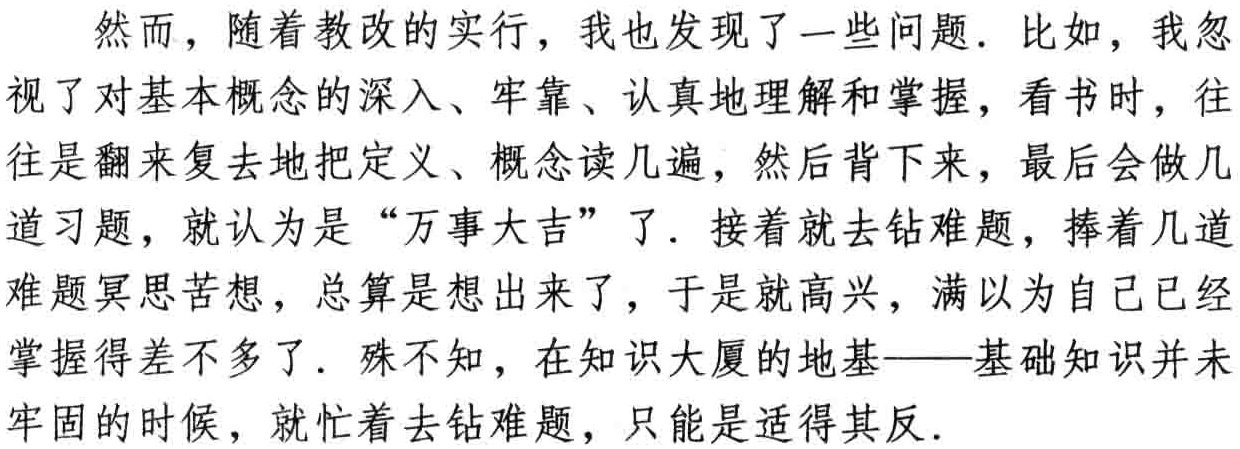
然而，随着教改的实行，我也发现了一些问题．比如，我忽视了对基本概念的深入、牢靠、认真地理解和掌握，看书时，往往是翻来复去地把定义、概念读几遍，然后背下来，最后会做几道习题，就认为是“万事大吉”了．接着就去钻难题，捧着几道难题冥思苦想，总算是想出来了，于是就高兴，满以为自己已经掌握得差不多了．殊不知，在知识大厦的地基——基础知识并未牢固的时候，就忙着去钻难题，只能是适得其反．